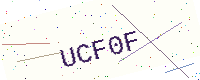
Text: UCF0F